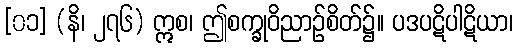
[၀၁] (နိ၊ ၂၇၆) ဣစ၊ ဤစက္ခုဝိညာဉ်စိတ်၌။ ပဒပဋိပါဋိယာ၊